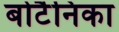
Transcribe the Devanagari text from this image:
बोटैनिका